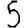
Digit: 5